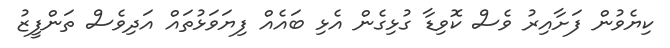
ކިޔެވުން ފަށާއިރު ވެސް ކޮވިޑާ ގުޅިގެން އެޅި ބައެއް ފިޔަވަޅުތައް އަދިވެސް ތަންފީޒު